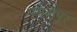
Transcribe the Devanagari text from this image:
ममदापूर